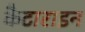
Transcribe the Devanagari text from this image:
कैटाराइन